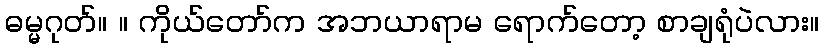
ဓမ္မဂုတ်။ ။ ကိုယ်တော်က အဘယာရာမ ရောက်တော့ စာချရုံပဲလား။